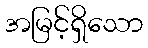
အမြင့်ရှိသော